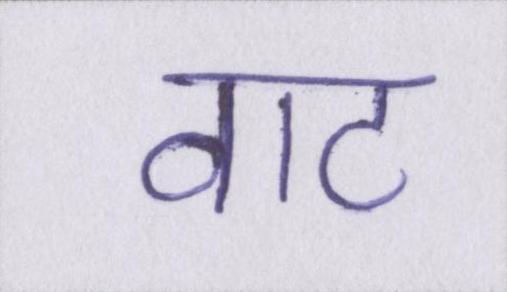
वाट